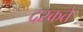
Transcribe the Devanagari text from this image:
दरकते